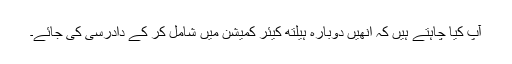
آپ کیا چاہتے ہیں کہ انھیں دوبارہ ہیلتھ کیئر کمیشن میں شامل کر کے دادرسی کی جائے۔